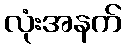
လုံးအနက်